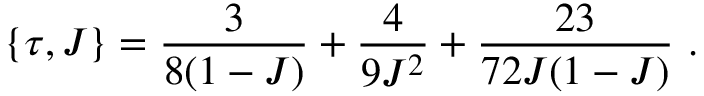
\{ \tau , J \} = \frac { 3 } { 8 ( 1 - J ) } + \frac { 4 } { 9 J ^ { 2 } } + \frac { 2 3 } { 7 2 J ( 1 - J ) } \ .